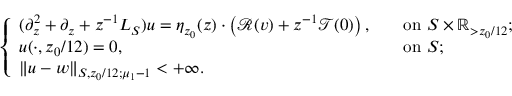
\begin{array} { r } { \left\{ \begin{array} { l l } { ( \partial _ { z } ^ { 2 } + \partial _ { z } + z ^ { - 1 } L _ { S } ) u = \eta _ { z _ { 0 } } ( z ) \cdot \left( \mathscr { R } ( v ) + z ^ { - 1 } \mathscr { T } ( 0 ) \right) , \ } & { \ \mathrm { ~ o n ~ } S \times \mathbb { R } _ { > z _ { 0 } / 1 2 } ; } \\ { u ( \cdot , z _ { 0 } / 1 2 ) = 0 , \ } & { \ \mathrm { ~ o n ~ } S ; } \\ { \| u - w \| _ { S , z _ { 0 } / 1 2 ; \mu _ { 1 } - 1 } < + \infty . } \end{array} \right. } \end{array}